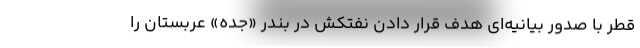
قطر با صدور بیانیه‌ای هدف قرار دادن نفتکش در بندر «جده» عربستان را